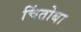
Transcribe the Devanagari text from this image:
चिंतोबा